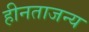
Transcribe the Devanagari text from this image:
हीनताजन्य